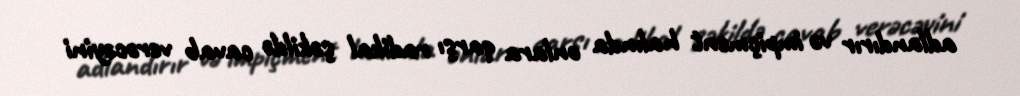
adlandırır və impiçment halında onlara qarşı radikal şəkildə cavab verəcəyini